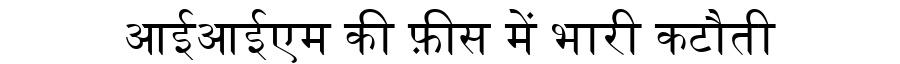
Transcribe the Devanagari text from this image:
आईआईएम की फ़ीस में भारी कटौती